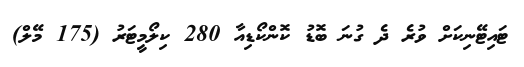
ޓައިޓޭނިކަށް ވުރެ ދެ ގުނަ ބޮޑު ކޮންކޯޑިއާ 280 ކިލޯމީޓަރު (175 މޭލް)